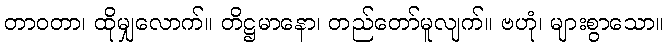
တာဝတာ၊ ထိုမျှလောက်။ တိဋ္ဌမာနော၊ တည်တော်မူလျက်။ ဗဟုံ၊ များစွာသော။